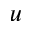
u